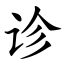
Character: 诊